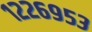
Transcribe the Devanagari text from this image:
१२२६९५३